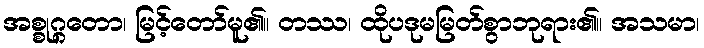
အစ္စုဂ္ဂတော၊ မြင့်တော်မူ၏။ တဿ၊ ထိုပဒုမမြတ်စွာဘုရား၏။ အသမာ၊